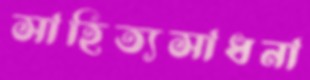
সাহিত্যসাধনা